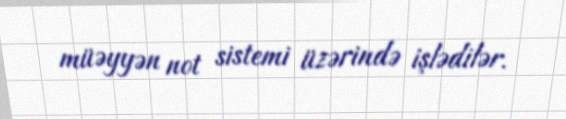
müəyyən not sistemi üzərində işlədilər.